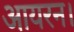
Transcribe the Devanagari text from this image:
आयरन।